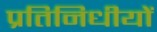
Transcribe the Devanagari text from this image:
प्रतिनिधीयों